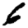
Digit: 6